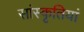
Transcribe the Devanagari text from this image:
सांस्कृतियां